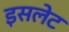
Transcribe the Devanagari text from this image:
इसलेट